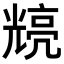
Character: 𭀴